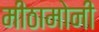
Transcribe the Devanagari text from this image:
मीठामोनी